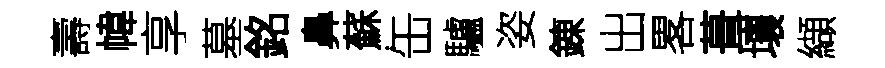
壽幃享墓銘鼻蘇缶驢姿錬出畧葺壤纈